Lunatic asylums Madras 1892-1911 - 1892-1911
Year: 1892
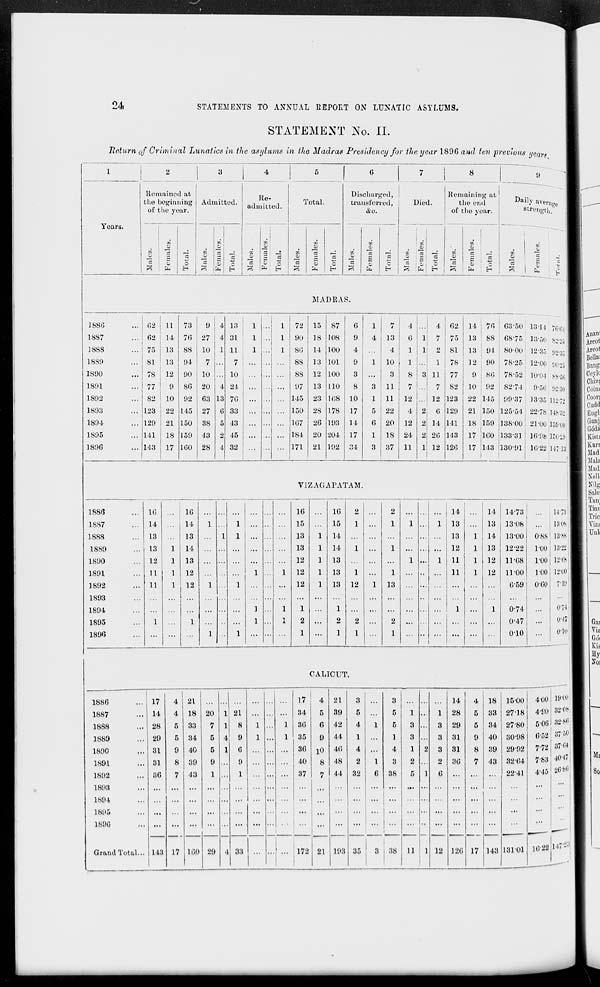
24
STATEMENTS TO ANNUAL REPORT ON LUNATIC ASYLUMS.
STATEMENT No. II.
Return of Criminal Lunatics in the asylums in the Madras Presidency for the year 1896 and ten previous ye ars
9
4
Years.
1S8G
1S87
1888
1889
1890
1891
1892
1893
1894
1895
1896
Remained :it
tlie beginning
of tlie your.
Admitted.
a
5
01
O
o
Re-
admitted.
Total.
03
o
-
2 I ~
09
o
03
3
EH ! EH
Discharged,
transferred,
Died.
<&c.
3
E
I 09
&- ! £ : £i E-<
Remaining at
the end
of the year.
Daily aver,-,,,,
strength
&
o:
o
O
MADRAS.
62 11 73
9 4
... 62 14 76 27 4
... 75 13 88 10 1
... 81 13 94
7 ...
... 78 12 90 10
... 77
9 86 20 4
... 82 10 92 63 13
... 123 22 145 27 6
... 129 21 150 38 5
... 141 18 159 43 2
... 143 17 160 28 4
13
31
11
7
10
24
76
33
43
45
32
1 ... 1 72 15 87
6
1
7
4
4 62
1
1 90 18 108
9
4
13
0 1 7 75
1 ... 1 80 14 100
4
4
1 1 2 81
...
88 13 101
9
1 10
1 ... 1 78
... ...
88 12 100
3 ...
3
8 3 11 77
..
...
07 13 110
8
3 11
7
7 82
..
145 23 108 10
1 11 12
12 123
.. ...
150 28 178 17
5 22
4 2 o 129
..
... 167 26 193 14
6 20 12 2 14 141
... 184 20 204 17
1 18 24 2 26 143
■
171 21 192 34
3 37 11 1 12 126
i4:76
13
13
12
9
88
94
90
86
10 ; 92
22 145
21 150
18 !l59
17 160
17 443
63-50
6875
8000
78-25
78-52
82-74
9937
125-54
138-00
13331
130-91
1314 76-64
13*50 82-25
12-35 92-35
12-00 00-25
30-0-1 88-56
9*56 92-30
13-35 11272
22-78 148-82
21-00 159-00
16-98 15019
10-22 147-13
V1ZAGAPATAM.
10
16
...
16
16
2 ...
2
14
14 14-73
...
14-73
14
14
1
1 ...
15
15
1
1
1
1
13 ... 13 13 08
...
18-081
13
13
1 1 ...
13
1 14
...
...
13
1 14 13-00 0-88 18*88
13
1 14
...
...
...
13
1 14
1 ...
1 ... ... ... 12
1 13 12*22 1-U0 13-221
12
1 13
... ...
...
...
12
1 13
...
1 ... 1 11
1 12 11-08 1-00 12-68
11
1 12
\
1
1 12
1 13
1 ...
1 ... .. ... 11
1 12 1100 1-00 12-00'
11
1 12
1
1
1
...
1
12
1
1 13
1
12
1 13
••
1
...
1
059
0-74
0-GO 7-19
071 :
1 z 1
1
1
1
1
2
1
...
2
1
2
1
...
2
1
...
...
...
...
...
0-47
010
...
017 1
o-io I
1
CALICUT.
1886
1887
1888
1889
1890
,..
1891
1892
1893
1894
1895
1896
Grand Total...
17
14
28
29
31
31
36
4
4
5
5
9
8
7
143 17
21
18
33
34
40
39
43
20
7
5
5
9
1
1 21
160 29 1 33
17 4
34
5
36
6
35
9
36 10
40
8
37
7
172 21
21
39
42
44
40
48
44
4
1
4
2
32
193 35
3
14
5
1 ..
1 28
5
3
3 29
1
3
3 31
4
1 2 3 31
3
2 ... 2 36
38
5 1 6 ...
...
... ... ...
...
...
... ... ...
...
38 11 1 12 126 17
18 1500
33 27-18
34 27-80
40 30-98
39 2992
43 32-64
22-41
143 13101
4-00 19-00
4-80 82-08
5-061 32-Mi
(••52 37'60
>7'72 j 37't'4
7-83 4°' 4 "
4-45 ; 26-80
le-witf' 23